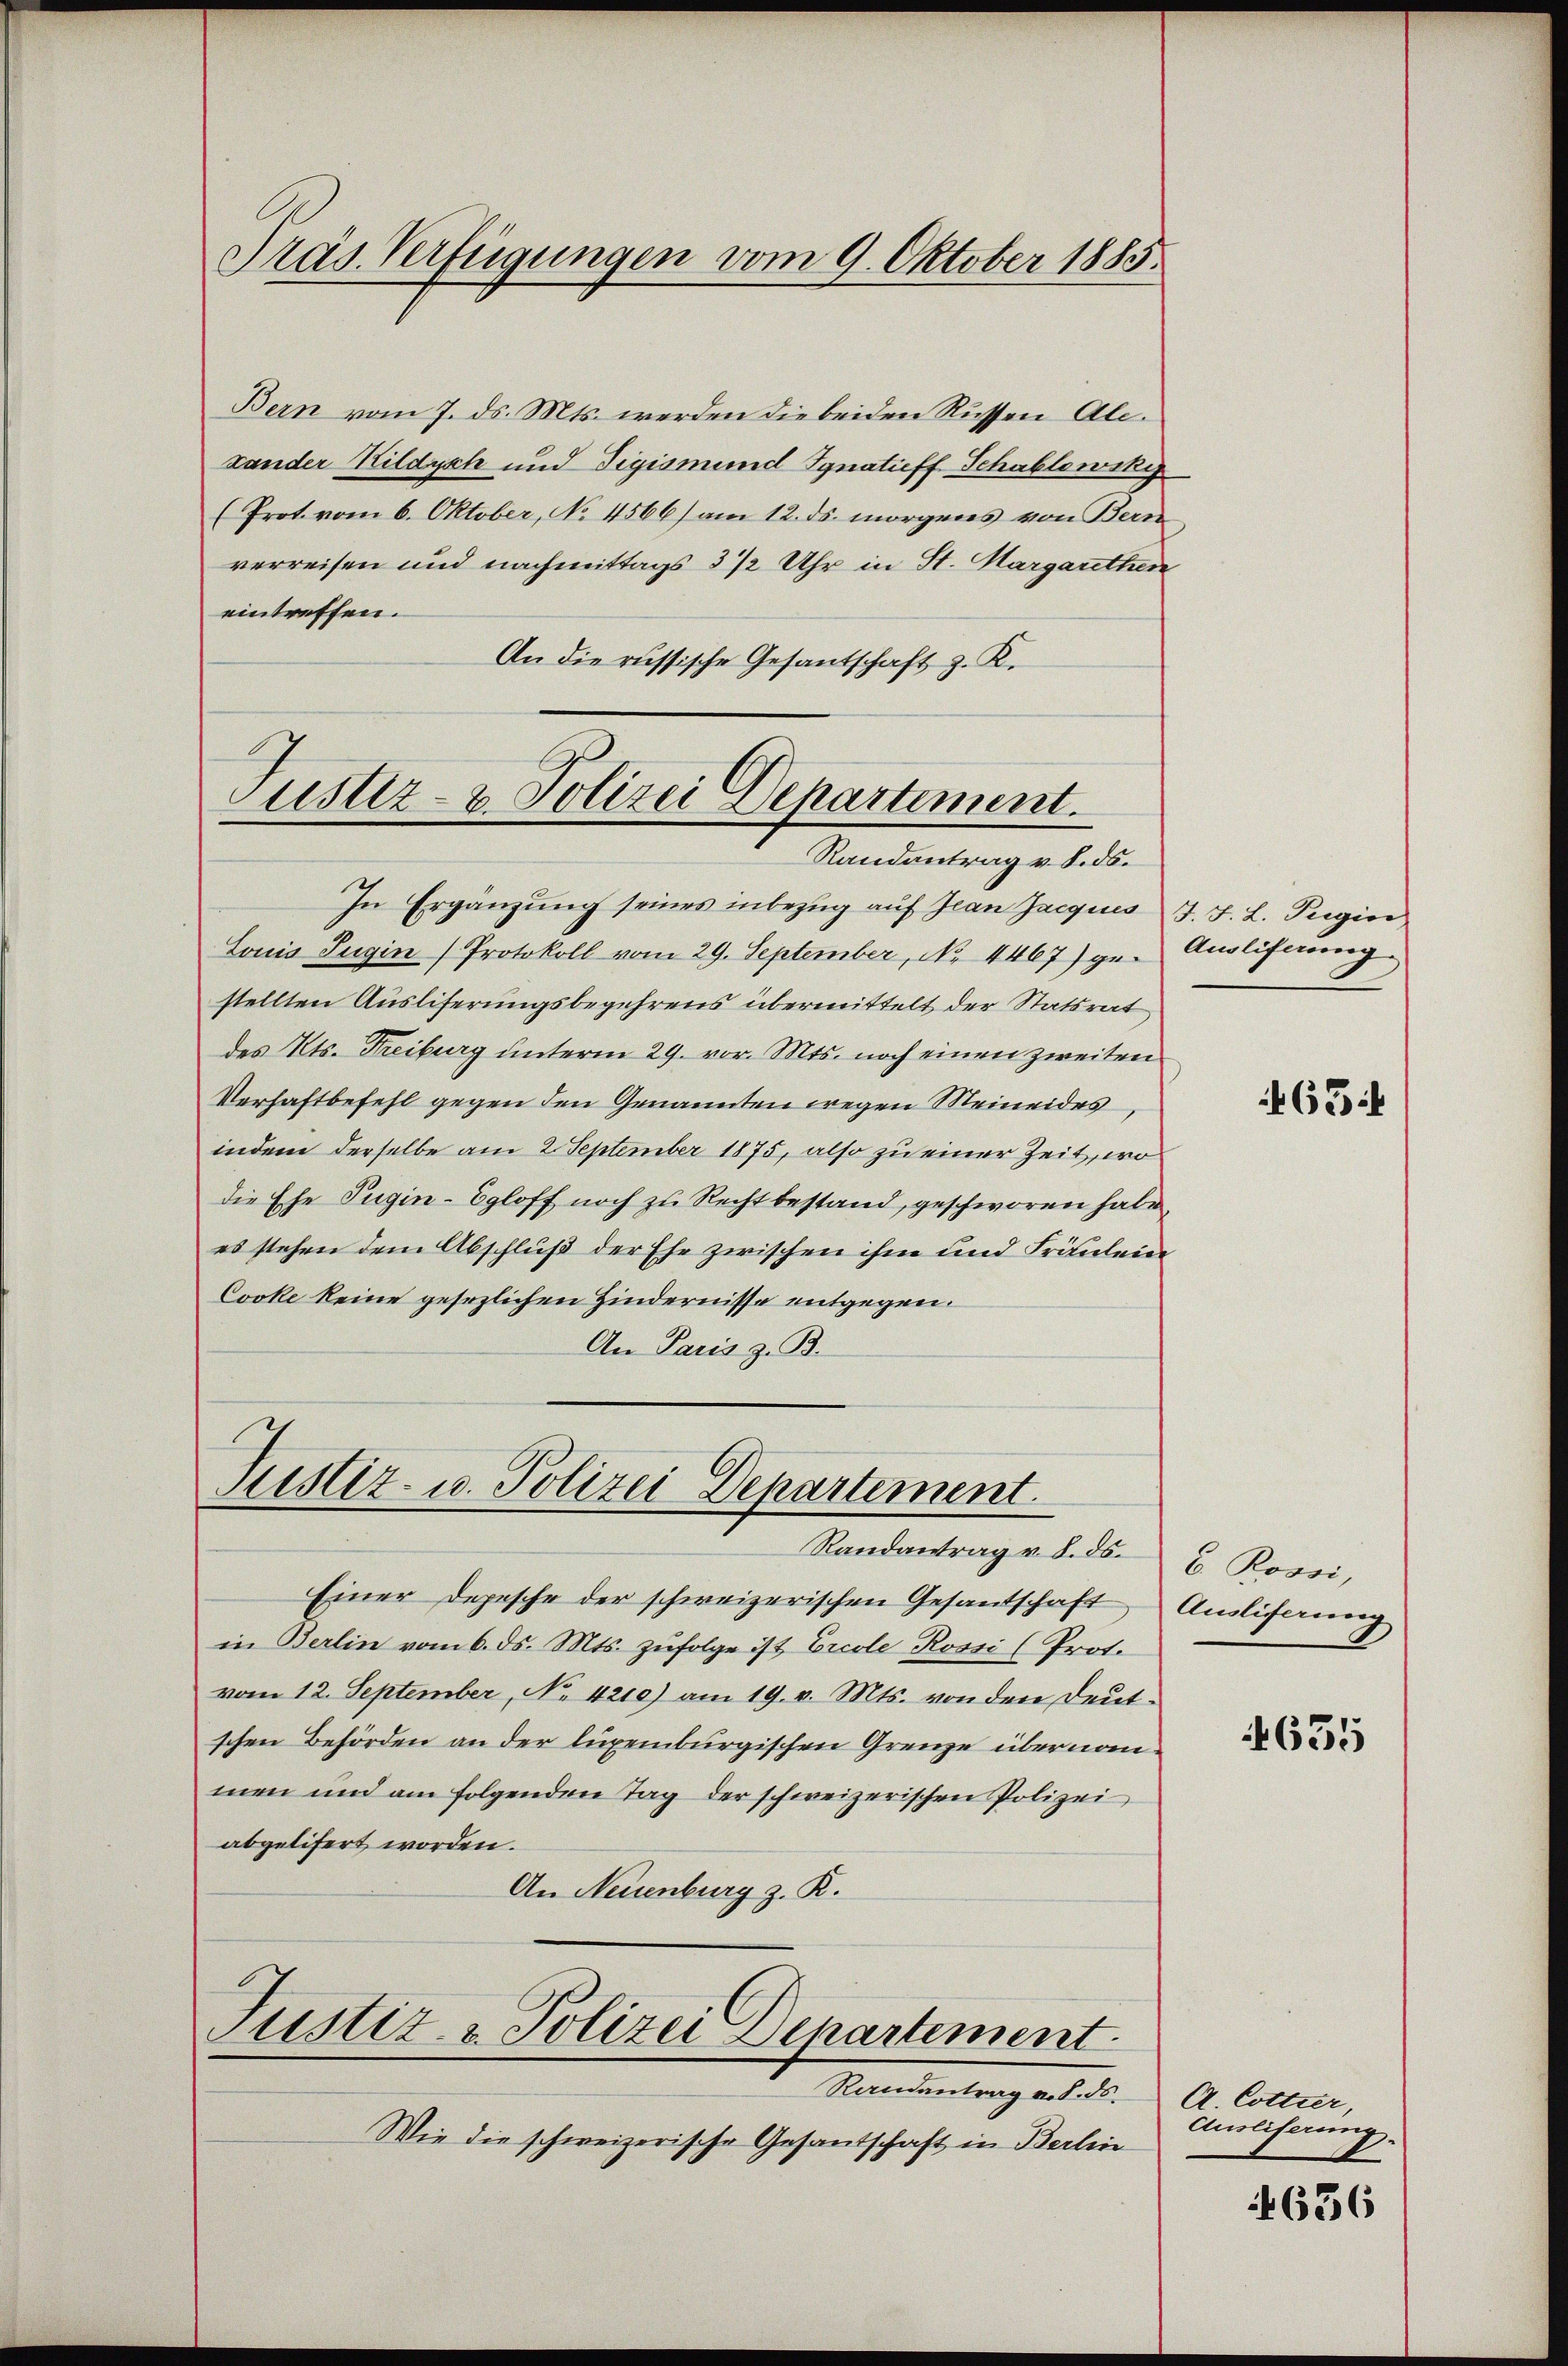
Präs. Verfügungen vom 9. Oktober 1883.

Bern vom 7. ds. Mts. werden die beiden Rüssen Ale-
xander Kildych und Tigismund Ignatieff Schablowikiz
(Prot vom 6. Oktober, No 4566) am 12. ds. morgens von Bern
verreisen und nachmittags 3 ½ Uhr in St. Margarethen
eintreffen.
An die russische Gesantschaft z. K.

Zustiz- & Polizei Departement.
Randantrag v. 8. ds.

In Ergänzung seines inbezug auf Jean Jacquis J. J. L. Pugis,
Louis Jugin (Protokoll vom 29. September, No. 4467) ge- Ausliferung
stellten Ausliferungsbegehrens übermittelt der Statsrat
des Kts. Freiburg unterm 29. vor. Mts. noch einen zweiten
Verhaftbefehl gegen den Genannten wegen Meineides
indem derselbe am 2. September 1875, also zu einer Zeit, wo
die Ehe Tugin-Egloff noch zu Recht bestand, geschworen habe,
es stehen dem Abschluß der Ehe zwischen ihm und Fräuleine
Cooke keine gesezlichen Hindernisse entgegen.
An Paris z. B.

Justiz- u. Polizei Departement.

Justiz & Polizei Departement.
Randantrag v. 8. ds.

Randantrag v. 8. ds.
Einer Depesche der schweizerischen Gesandschaft Auslichenen
in Berlin vom 6. ds. Mts. zufolge ist Ercole Rossi (Prot.
vom 12. September, No. 4210) am 19. v. Mts. von den Deutschen Behörden an der luxenburgischen Grenze übernommen und am folgenden Tag der schweizerischen Polizei
abgelifert worden.
An Neuenburg z. K.

Wie die schweizerische Gesantschaft in Berlin

465

E. Rossi,

635

A. Cottier,
Auslieferung.

636